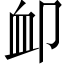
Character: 卹